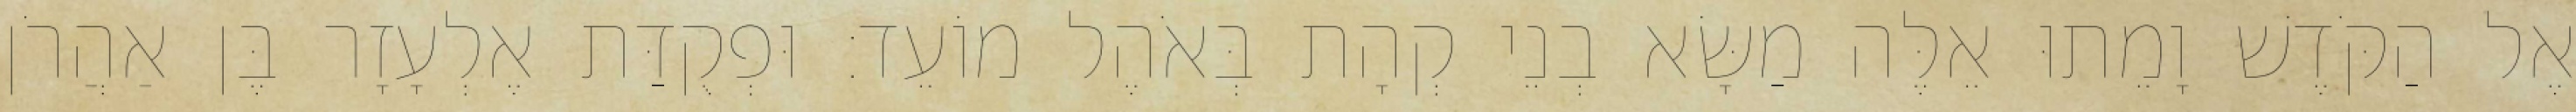
אֶל הַקֹּדֶשׁ וָמֵתוּ אֵלֶּה מַשָּׂא בְנֵי קְהָת בְּאֹהֶל מוֹעֵד׃ וּפְקֻדַּת אֶלְעָזָר בֶּן אַהֲרֹן